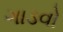
ગાડવો